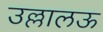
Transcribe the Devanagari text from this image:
उल्लालऊ